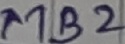
Text: MB2